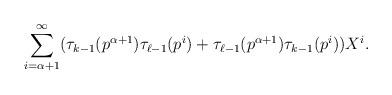
LaTeX: \begin{align*} \sum_{i=\alpha+1}^{\infty} ( \tau_{k-1}(p^{\alpha+1}) \tau_{\ell-1}(p^i) + \tau_{\ell-1}(p^{\alpha+1})\tau_{k-1}(p^i)) X^i.\end{align*}